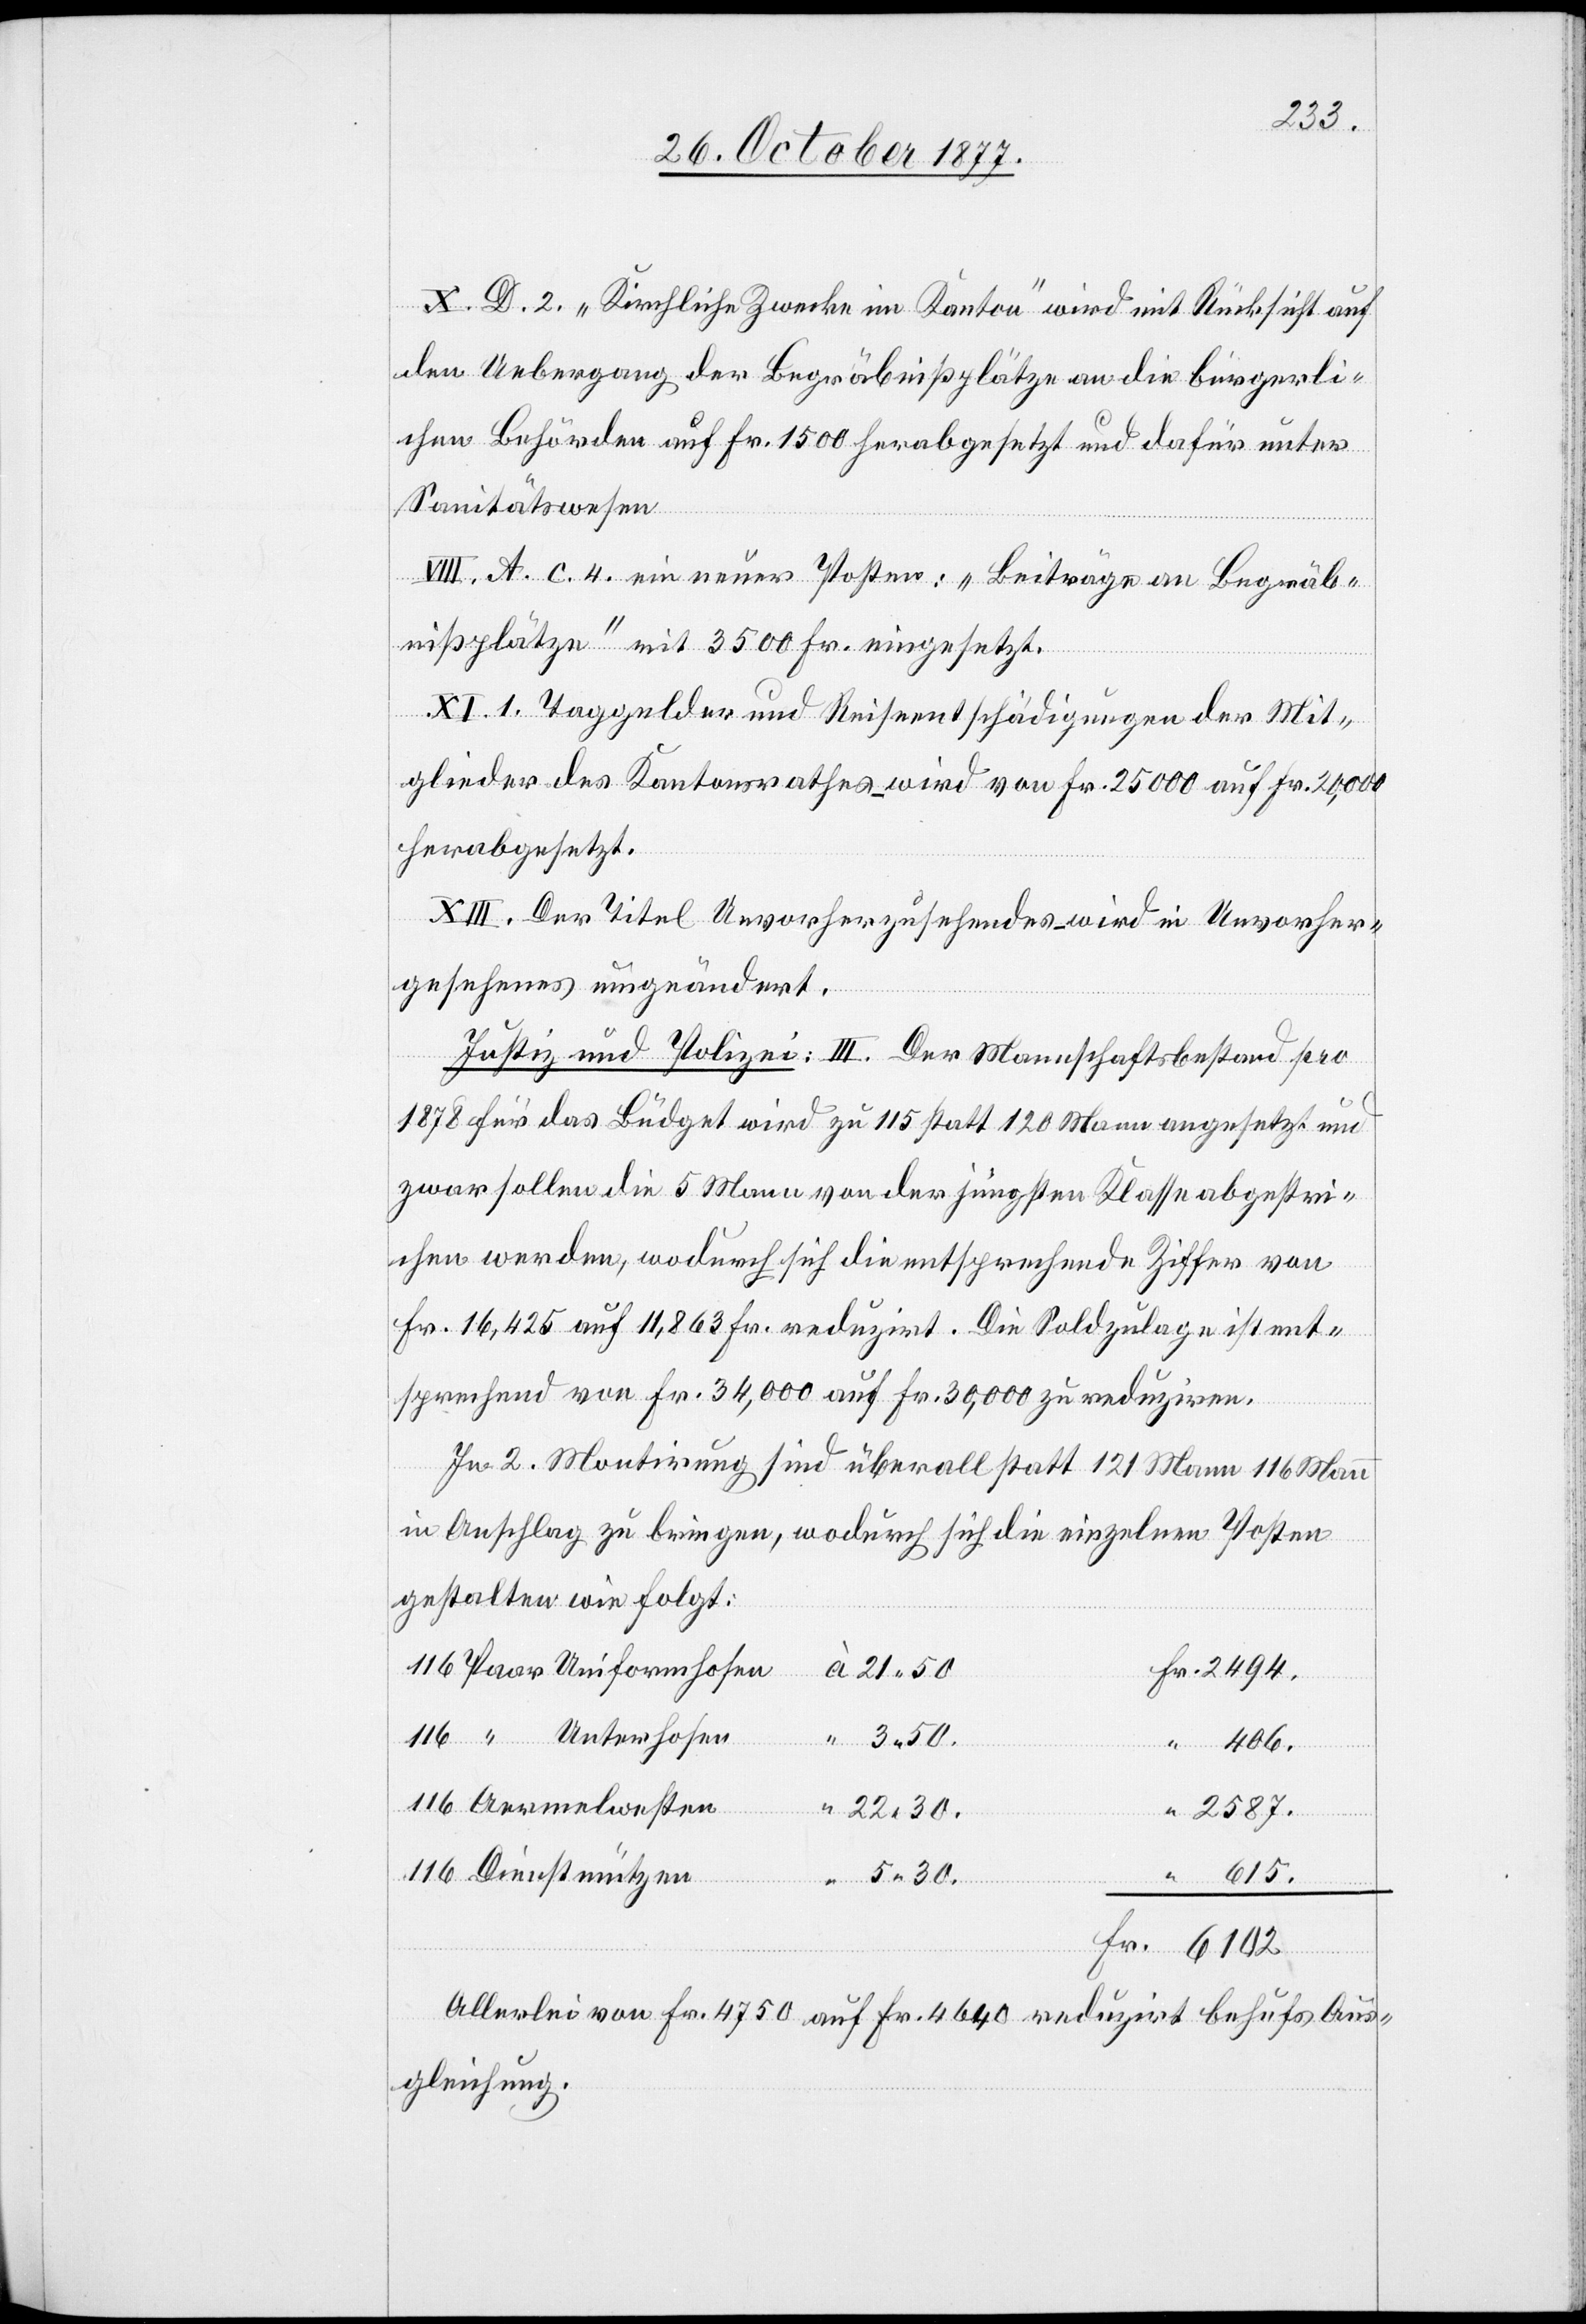
5.30.
X. D. 2. „Kirchliche Zwecke im Kanton“ wird mit Rücksicht auf
den Uebergang der Begräbnißplätze an die bürgerli¬
chen Behörden auf Fr. 1500 herabgesetzt und dafür unter
Sanitätswesen
VIII. A. c. 4. ein neuer Posten: „Beiträge an Begräb¬
nißplätze“ mit 3500 Fr. eingesetzt.
XI. 1. Taggelder und Reiseentschädigungen der Mit¬
glieder des Kantonsrathes – wird von Fr. 25 000 auf Fr. 20,000
herabgesetzt.
XIII. Der Titel Unvorherzusehendes – wird in Unvorher¬
gesehenes umgeändert.
Justiz und Polizei: III. Der Mannschaftsbestand pro
1878 für das Büdget wird zu 115 statt 120 Mann angesetzt und
zwar sollen die 5 Mann von der jüngsten Klasse abgestri¬
chen werden, wodurch sich die entsprechende Ziffer von
Fr. 16,425 auf 11,863 Fr. reduzirt. Die Soldzulage ist ent¬
sprechend von Fr. 34,000 auf Fr. 30,000 zu reduziren.
In 2. Montirung sind überall statt 121 Mann 116 Mann
in Anschlag zu bringen, wodurch sich die einzelnen Posten
gestalten wie folgt:
116 Paar Uniformhosen
Fr. 2494.
116 “ Unterhosen
“ 3.50.
“ 406.
116 Aermelwesten
“
“ 22.30.
“ 2587.
116 Dienstmützen
Fr. 6102
Allerlei von Fr. 4750 auf Fr. 4640 reduzirt behufs Aus¬
gleichung.